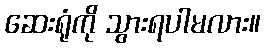
ဆေးရုံကို သွားရပါမလား။